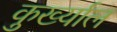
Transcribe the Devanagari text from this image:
कुर्ख्याल